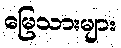
မြေသားများ